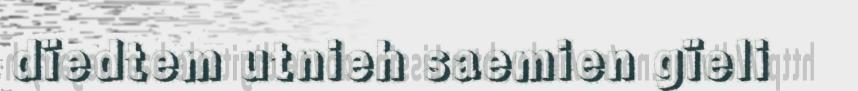
dïedtem utnieh saemien gïeli